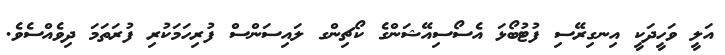
އަލީ ވަހީދަކީ އިނގިރޭސި ފުޓުބޯޅަ އެސޯސިއޭޝަންގެ ކޯޗިންގ ލައިސަންސް ފުރިހަމަކުރި ފުރަތަމަ ދިވެއްސެވެ.